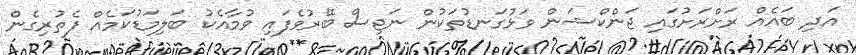
އަދި ބައެއް ރަށްރަށުގައި ޖަންކްޝަން ވަޅުގަނޑުތަކުން ނަޖިސް ބޭރުވެފައި ވުމާއެކު ބަލިމަޑުކަމެއް ފެތުރިގެން